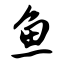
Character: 鱼